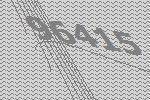
96415